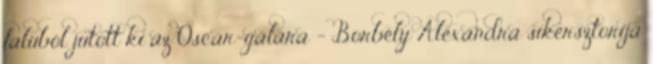
faluból jutott ki az Oscar-gálára - Borbély Alexandra sikersztorija